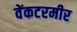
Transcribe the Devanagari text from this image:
वेंकटरमीर